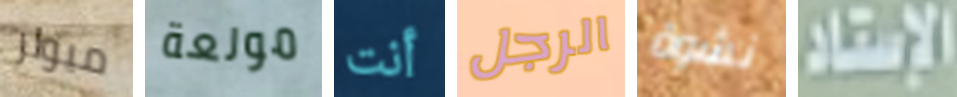
ميولر مولعة أنت الرجل نشوة الاستاد